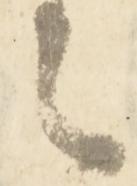
之